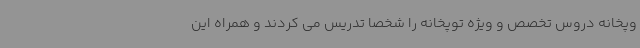
وپخانه دروس تخصص و ویژه توپخانه را شخصاً تدریس می کردند و همراه این